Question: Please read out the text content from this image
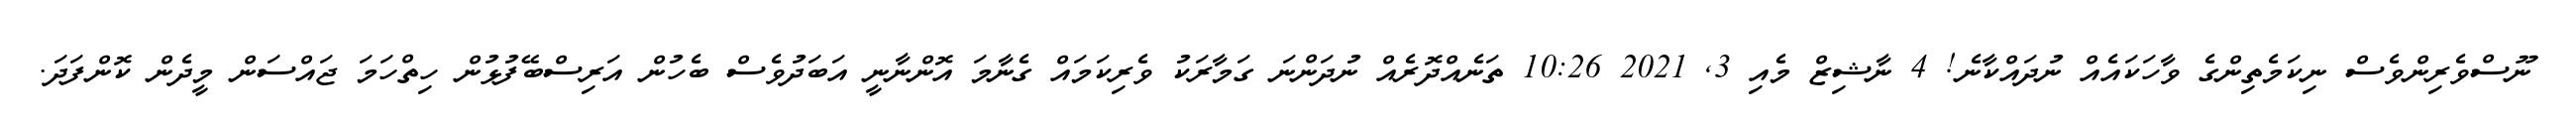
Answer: ނޫސްވެރިންވެސް ނިކަމެތިންގެ ވާހަކައެއް ނުދައްކާނެ! 4 ނާޝިޒް މެއި 3, 2021 10:26 ތަނެއްދޮރެއް ނުދަންނަ ގަމާރަކު ވެރިކަމައް ގެނާމަ އޮންނާނީ އަބަދުވެސް ބެހުން އަރިސްބޭފުޅުން ހިތްހަމަ ޖައްސަން މީދެން ކޮންފަދަ.